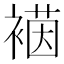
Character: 𮖡